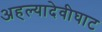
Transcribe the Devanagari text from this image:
अहल्यादेवीघाट